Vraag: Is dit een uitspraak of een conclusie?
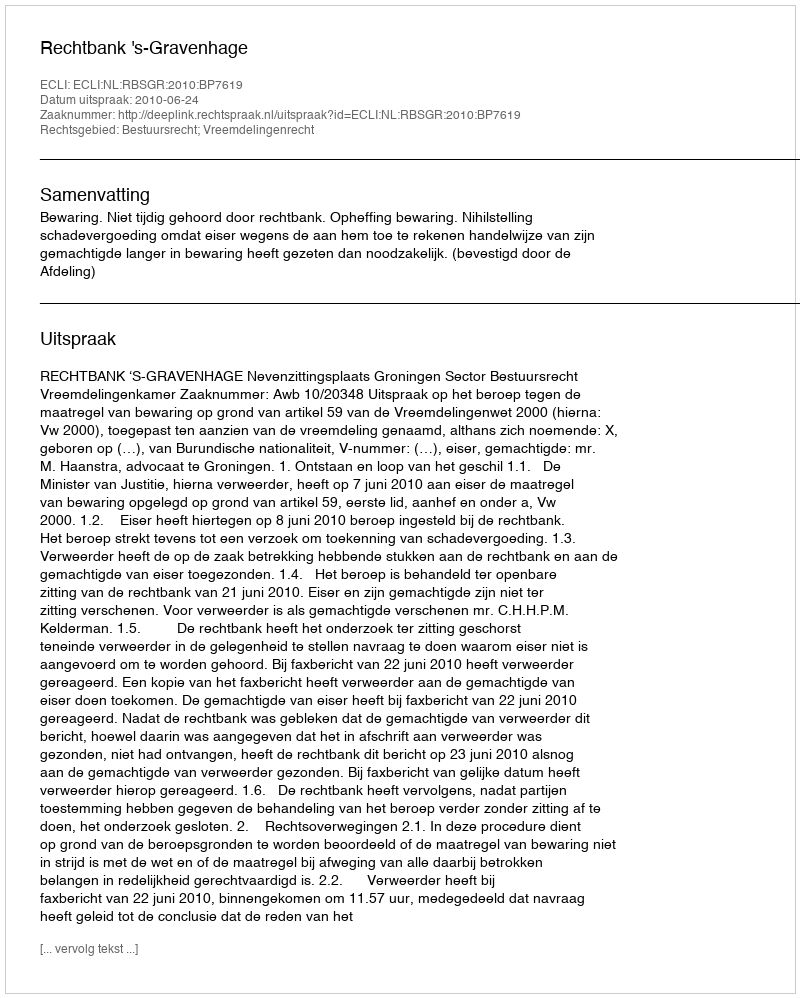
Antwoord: Uitspraak